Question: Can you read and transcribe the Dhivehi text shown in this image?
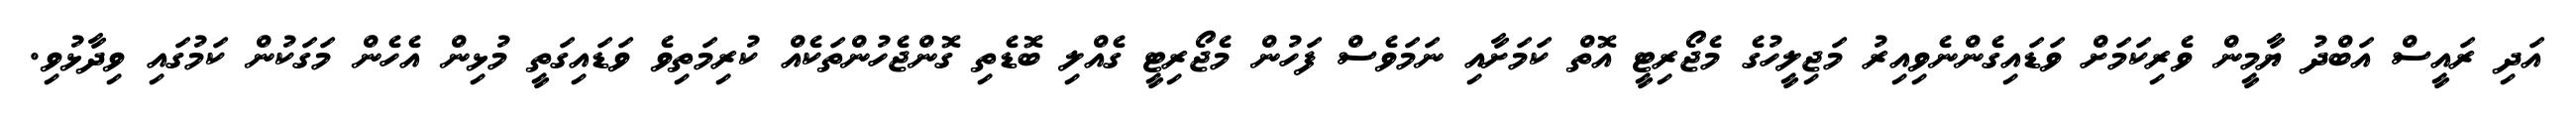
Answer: އަދި ރައީސް އަބްދު ޔާމީން ވެރިކަމަށް ވަޑައިގެންނެވިއިރު މަޖިލީހުގެ މެޖޯރިޓީ އޮތް ކަމަށާއި ނަމަވެސް ފަހުން މެޖޯރިޓީ ގެއްލި ބޮޑެތި ގޮންޖެހުންތަކެއް ކުރިމަތިވެ ވަޑައިގަތީ މުޅިން އެހެން މަގަކުން ކަމުގައި ވިދާޅުވި.